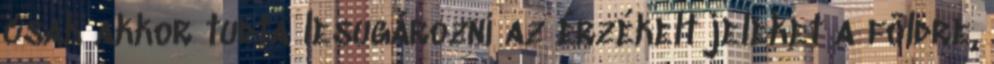
csak akkor tudta lesugározni az érzékelt jeleket a földre,